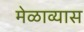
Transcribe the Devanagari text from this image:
मेळाव्यास